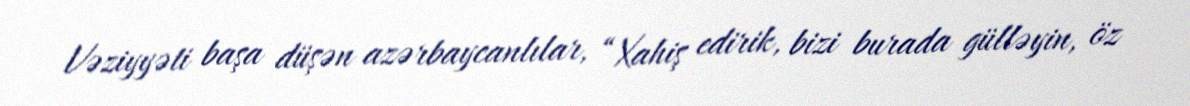
Vəziyyəti başa düşən azərbaycanlılar, “Xahiş edirik, bizi burada gülləyin, öz